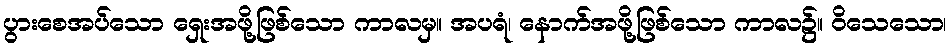
ပွားစေအပ်သော ရှေးအဖို့ဖြစ်သော ကာလမှ။ အပရံ၊ နောက်အဖို့ဖြစ်သော ကာလ၌။ ဝိသေသော၊